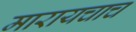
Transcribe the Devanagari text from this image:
मारायचाच